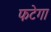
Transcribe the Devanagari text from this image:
फटेगा